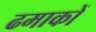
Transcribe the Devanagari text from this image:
ढमाकों